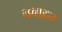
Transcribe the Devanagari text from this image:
नबाहत